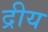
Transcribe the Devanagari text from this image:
द्रीय